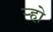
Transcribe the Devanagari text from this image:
र्‍हो